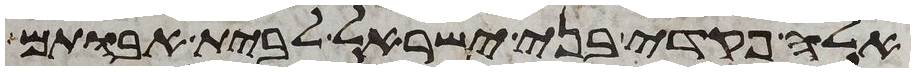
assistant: אלה פקדי בני ישראל לבית אבותם